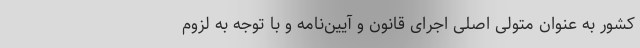
کشور به عنوان متولی اصلی اجرای قانون و آیین‌نامه و با توجه به لزوم